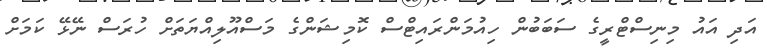
އަދި އައު މިނިސްޓްރީގެ ސަބަބުން ހިއުމަންރައިޓްސް ކޮމިޝަންގެ މަސްއޫލިއްޔަތަށް ހުރަސް ނޭޅޭ ކަމަށް